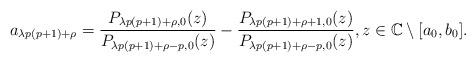
LaTeX: \begin{align*}a_{\lambda p(p+1)+\rho}=\frac{P_{\lambda p(p+1)+\rho,0}(z)}{P_{\lambda p(p+1)+\rho-p,0}(z)}-\frac{P_{\lambda p(p+1)+\rho+1,0}(z)}{P_{\lambda p(p+1)+\rho-p,0}(z)},z\in\mathbb{C}\setminus [a_{0},b_{0}].\end{align*}